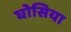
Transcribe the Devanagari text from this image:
घोसिया